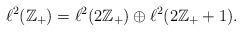
LaTeX: \begin{align*}\ell^{2}(\mathbb{Z}_{+})=\ell^{2}(2\mathbb{Z}_{+})\oplus\ell^{2}(2\mathbb{Z}_{+}+1).\end{align*}